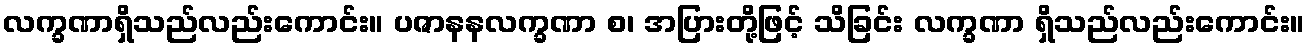
လက္ခဏာရှိသည်လည်းကောင်း။ ပဇာနနလက္ခဏာ စ၊ အပြားတို့ဖြင့် သိခြင်း လက္ခဏာ ရှိသည်လည်းကောင်း။